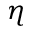
\eta